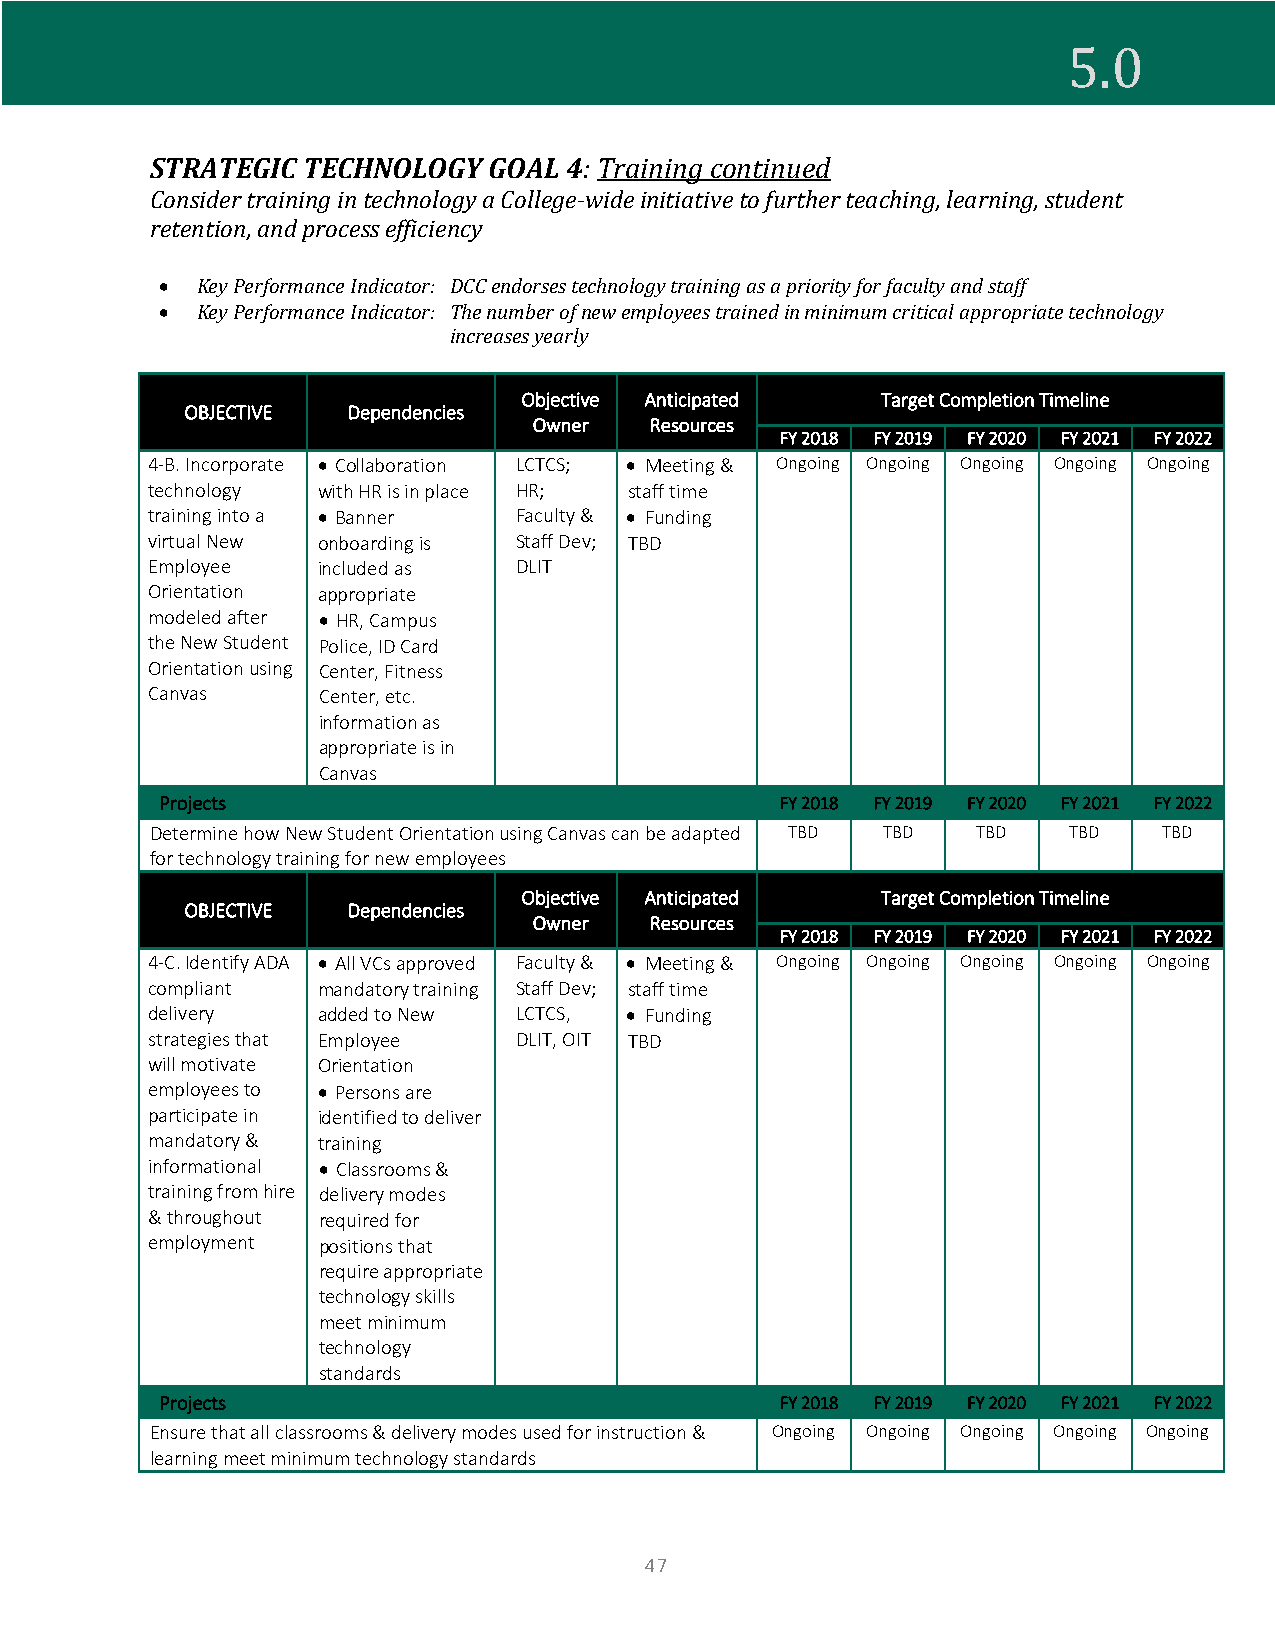
STRATEGIC TECHNOLOGY  GOAL  4: Training continued
 5.0
 Consider training in technology a College-wide initiative to further teaching, learning, student
 retention, and process efficiency
 • Key Performance Indicator: DCC endorses technology training as a priority for faculty and staff
 • Key Performance Indicator: The number of new employees trained in minimum critical appropriate technology
 increases yearly
 Objective Anticipated  Target Completion Timeline
 OBJECTIVE  Dependencies
 Owner   Resources
 FY 2018 FY 2019 FY 2020 FY 2021 FY 2022
 4-B. Incorporate • Collaboration LCTCS; • Meeting & Ongoing Ongoing Ongoing Ongoing Ongoing
 technology with HR is in place HR; staff time
 training into a • Banner Faculty & • Funding
 virtual New onboarding is Staff Dev; TBD
 Employee   included as  DLIT
 Orientation appropriate
 modeled after • HR, Campus
 the New Student Police, ID Card
 Orientation using Center, Fitness
 Canvas     Center, etc.
 information as
 appropriate is in
 Canvas
 Projects                                 FY 2018 FY 2019 FY 2020 FY 2021 FY 2022
 Determine how New Student Orientation using Canvas can be adapted TBD TBD TBD TBD TBD
 for technology training for new employees
 Objective Anticipated  Target Completion Timeline
 OBJECTIVE  Dependencies
 Owner   Resources
 FY 2018 FY 2019 FY 2020 FY 2021 FY 2022
 4-C. Identify ADA • All VCs approved Faculty & • Meeting & Ongoing Ongoing Ongoing Ongoing Ongoing
 compliant  mandatory training Staff Dev; staff time
 delivery   added to New LCTCS, • Funding
 strategies that Employee DLIT, OIT TBD
 will motivate Orientation
 employees to • Persons are
 participate in identified to deliver
 mandatory & training
 informational • Classrooms &
 training from hire delivery modes
 & throughout required for
 employment positions that
 require appropriate
 technology skills
 meet minimum
 technology
 standards
 Projects                                 FY 2018 FY 2019 FY 2020 FY 2021 FY 2022
 Ensure that all classrooms & delivery modes used for instruction & Ongoing Ongoing Ongoing Ongoing Ongoing
 learning meet minimum technology standards
 47